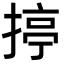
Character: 揨